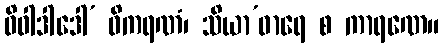
ဝိဝါဒါဒေါ’ ဓိကရဏံ၊ သိယာ’ဓာရေ စ ကာရဏေ။